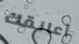
أعانقك